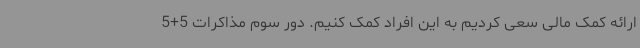
ارائه کمک مالی سعی کردیم به این افراد کمک کنیم. دور سوم مذاکرات 5+5